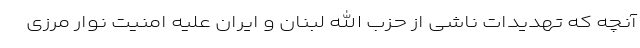
آنچه که تهدیدات ناشی از حزب الله لبنان و ایران علیه امنیت نوار مرزی